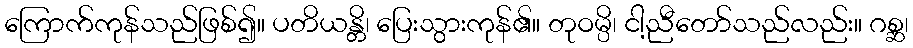
ကြောက်ကုန်သည်ဖြစ်၍။ ပတိယန္တိ၊ ပြေးသွားကုန်၏။ တုဝမ္ပိ၊ ငါ့ညီတော်သည်လည်း။ ဂစ္ဆ၊